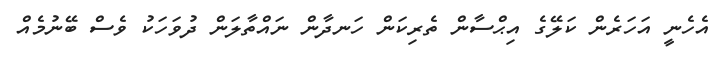
އެހެނީ އަހަރެން ކަލޭގެ އިޙްސާން ތެރިކަން ހަނދާން ނައްތާލަން ދުވަހަކު ވެސް ބޭނުމެއް